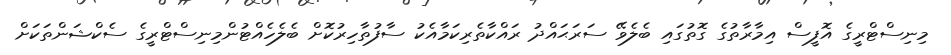
މިނިސްޓްރީގެ އޮފީސް އިމާރާތުގެ ގޮތުގައި ބެލެވޭ ސަރަޙައްދު ރައްކާތެރިކަމާއެކު ސާފުތާހިރުކޮށް ބެލެހެއްޓުންމިނިސްޓްރީގެ ސެކްޝަންތަކަށް